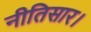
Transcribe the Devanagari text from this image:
नीतिसार।